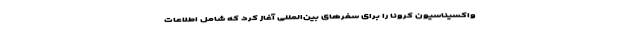
واکسیناسیون کرونا را برای سفرهای بین‌المللی آغاز کرد که شامل اطلاعات